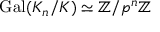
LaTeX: \operatorname { G a l } ( K _ { n } / K ) \simeq \mathbb { Z } / p ^ { n } \mathbb { Z }